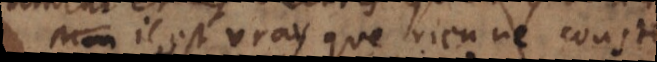
Il est vray que rien ne couste